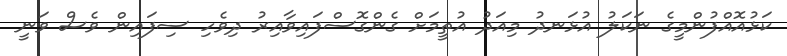
ކަޅުއޮއްފުންމީގެ ނަކަލު އުޅަނދު މިއަދު އުތީމަށް ގެންގޮސްފައިވާއިރު ދިވެހި ސިފައިން ވެސް ވަނީ